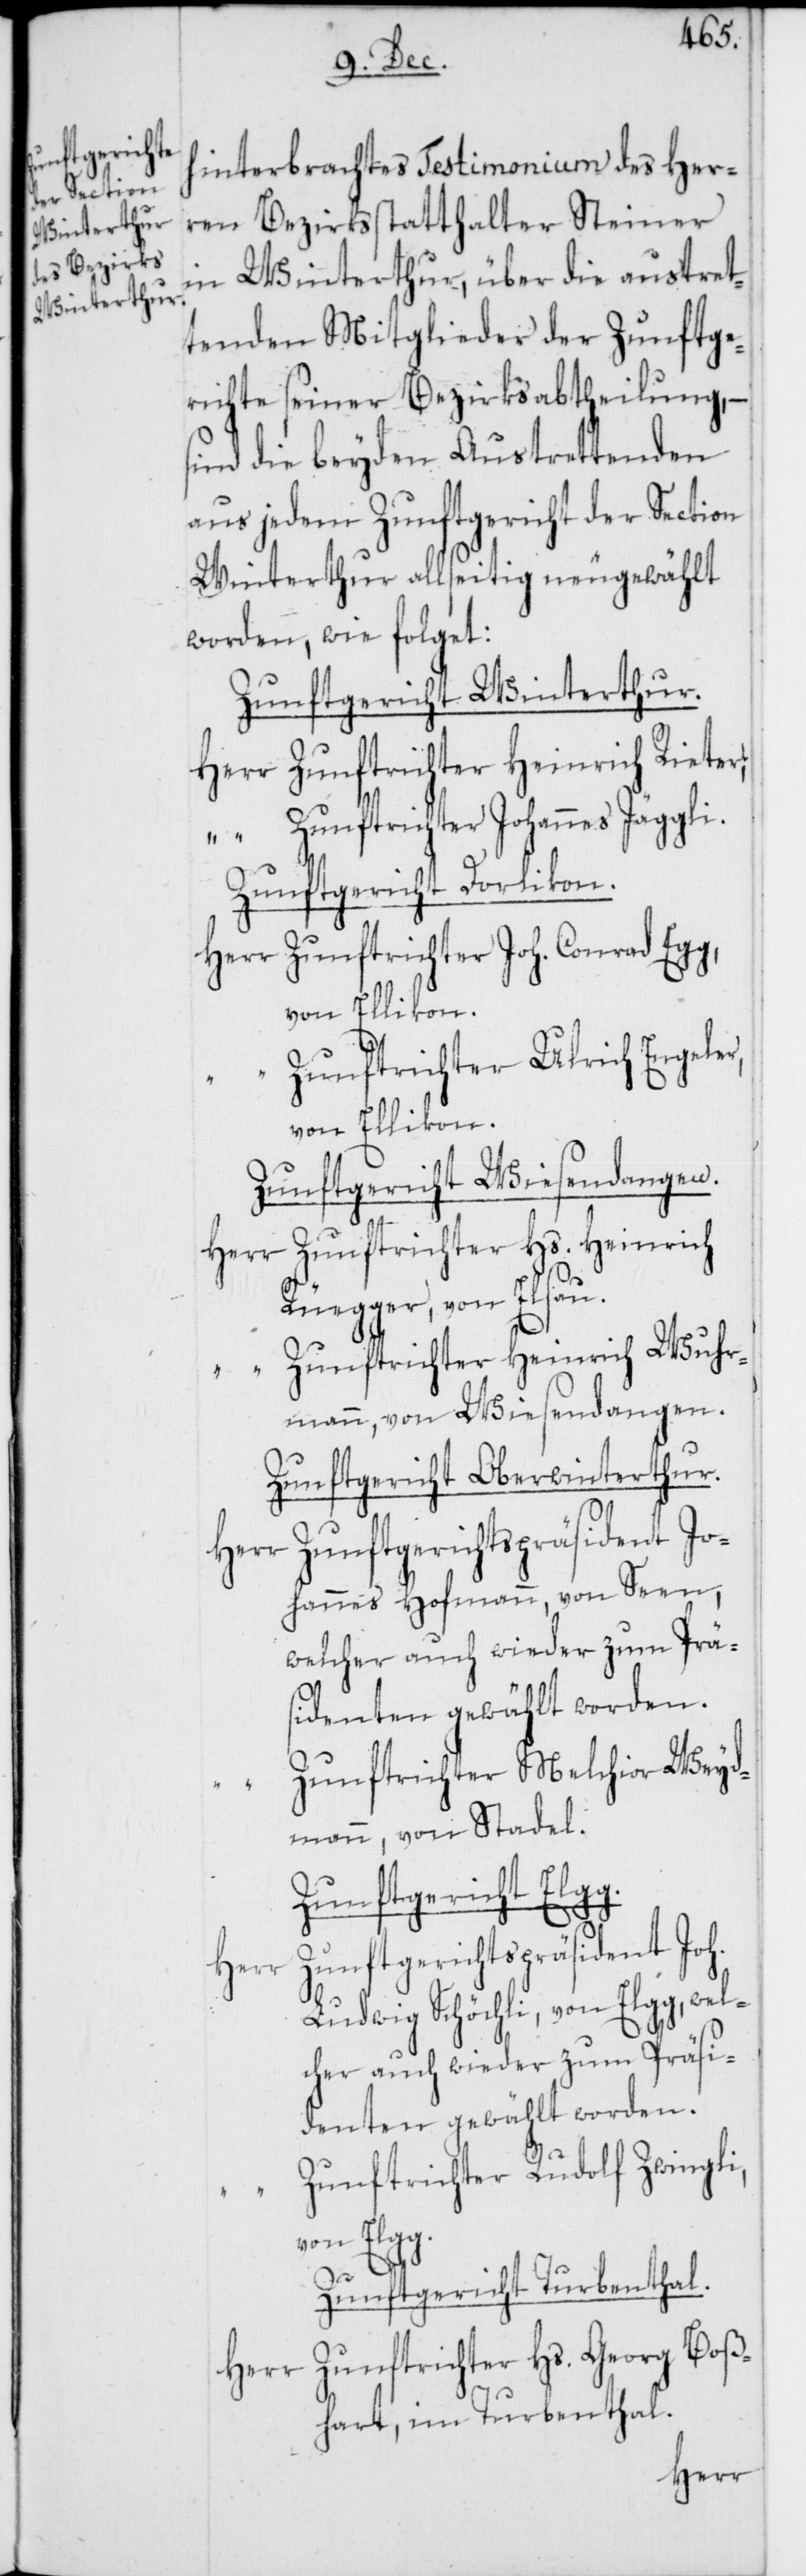
Präs¬
hinterbrachtes Testimonium des Her¬
ren Bezirksstatthalter Steiner
in Winterthur, über die austret¬
tenden Mitglieder der Zunftge¬
richte seiner Bezirksabtheilung, –
sind die beyden Austrettenden
aus jedem Zunftgericht der Section
Winterthur allseitig neugewählt
worden, wie folget:
Zunftgericht Winterthur.
Herr Zunftrichter Heinrich Rieter;
“ Zunftrichter Johannes Jäggli.
Zunftgericht Dorlikon.
Herr Zunftrichter Joh. Conrad Egg,
von Ellikon.
Zunftrichter Ulrich Engeler,
von Ellikon.
Zunftgericht Wiesendangen.
Herr Zunftrichter Hs. Heinrich
Rüegger, von Elsau.
“ Zunftrichter Heinrich Wuhr¬
mann, von Wiesendangen.
Zunftgericht Oberwinterthur.
Herr Zunftgerichtspräsident Jo¬
hannes Hofmann, von Seen,
welcher auch wieder zum
identen gewählt worden.
Zunftrichter Melchior Weyd¬
mann, von Stadel.
Zunftgericht Elgg.
Zunftgerichtspräsident Joh.
Ludwig Schöchli, von Elgg,
Zunftrichter Rudolf Zwingli,
von Elgg.
Zunftgericht Turbenthal.
Zunftrichter Hs. Georg Boß¬
Herr
hart, im Turbenthal.